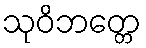
သုဝိဘတ္တေ